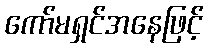
ကော်မရှင်အနေဖြင့်